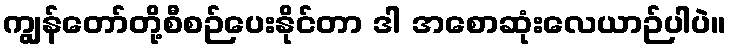
ကျွန်တော်တို့စီစဉ်ပေးနိုင်တာ ဒါ အစောဆုံးလေယာဉ်ပါပဲ။